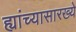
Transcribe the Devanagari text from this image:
ह्यांच्यासारख्ये